Lunatic asylums United Provinces 1899-1908 - 1899-1908
Year: 1899
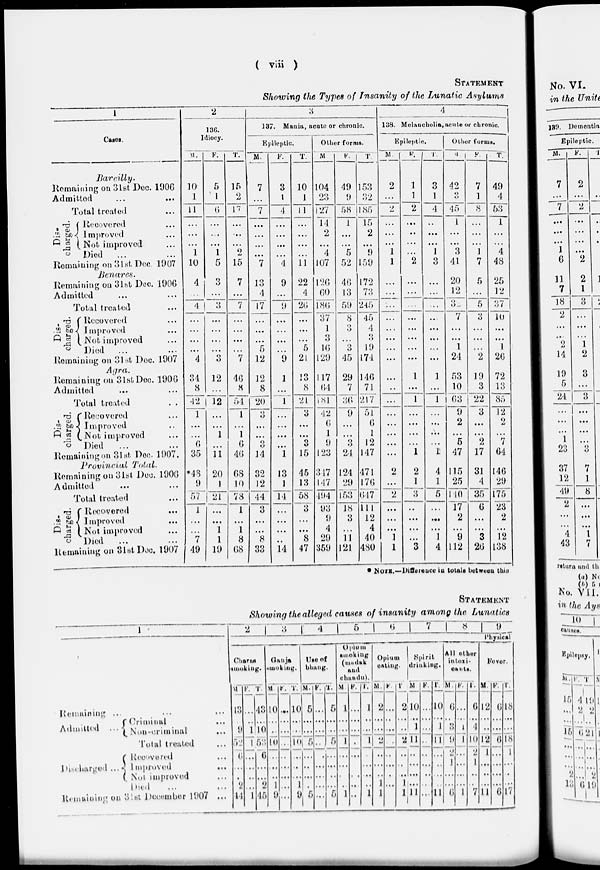
( viii )
STATEMENT
Showing the Types of Insanity of the Lunatic Asylums
1
Cases.
Bareilly.
Remaining on 31st. Dec. 1906
Admitted ... ...
Total treated ...
Dis-
charged.
Recovered ...
Improved ...
Not improved ...
Died
...
Remaining on 31st Dec. 1907
Benares.
Remaining on 31st Dec. 1906
Admitted ... ...
Total treated ...
Dis-
charged.
Recovered ...
Improved ...
Not improved ...
Died ...
Remaining on 31st Dec. 1907
Agra.
Remaining on 31st Dec. 1906
Admitted ... ...
Total treated
...
Dis-
charged.
Recovered ...
Improved ...
Not improved ...
Died
...
Remaining on 31st Dec 1907.
Provincial Total.
Remaining on 31st Dec. 1906
Admitted ... ...
Total treated ...
Dis-
charged.
Recovered ...
Improved ...
Not improved ...
Died ...
Remaining on 31st Dec. 1907
2
136.
Idiocy.
M.
10
1
11
...
...
...
1
10
4
...
4
...
...
...
...
4
34
8
42
1
...
...
6
35
*48
9
57
1
...
...
7
49
F.
5
1
6
...
...
...
1
5
3
...
3
...
...
...
...
3
12
...
12
...
...
1
...
11
20
1
21
...
...
1
1
19
T.
15
2
17
...
...
...
2
15
7
...
7
...
...
...
...
7
46
8
54
1
...
1
6
46
68
10
73
1
...
1
8
68
3
137. Mania, acute or chronic.
Epileptic.
M.
7
...
7
...
...
...
...
7
13
4
17
...
...
...
5
12
12
8
20
3
...
...
3
14
32
12
44
3
...
...
8
33
F.
3
1
4
...
...
...
...
4
9
...
9
...
...
...
...
9
1
...
1
...
...
...
...
1
13
1
14
...
...
...
...
14
T.
10
1
11
...
...
...
...
11
22
4
26
...
...
...
5
21
13
8
21
3
...
...
3
15
45
13
58
3
...
...
8
47
Other forms.
M
104
23
127
14
2
...
4
107
126
60
186
37
1
3
16
129
117
64
181
42
6
1
9
123
347
147
494
93
9
4
29
359
F.
49
9
58
1
...
...
5
52
46
13
59
8
...
...
3
45
29
7
36
9
...
...
3
24
124
29
153
18
3
...
11
121
T.
153
32
185
15
2
...
9
159
172
73
245
45
4
3
19
174
146
71
217
51
6
1
12
147
471
170
647
111
12
4
40
480
4
138. Melancholia,acute or chronic.
Epileptic.
M.
2
...
2
...
...
...
1
1
...
...
...
...
...
...
...
...
...
...
...
...
...
...
...
...
2
...
2
...
...
...
1
1
F.
1
1
2
...
...
...
...
2
...
...
...
...
...
...
...
...
1
...
1
...
...
...
...
1
2
1
3
...
...
...
...
3
T.
3
1
4
...
...
...
1
3
...
...
...
...
...
...
...
...
1
...
1
...
...
...
...
1
4
1
5
...
...
...
1
4
Other forms.
M.
42
3
45
1
...
...
3
41
20
12
3
7
...
...
1
24
53
10
63
9
2
...
5
47
115
25
140
17
2
...
9
112
F.
7
1
8
...
...
...
1
7
5
...
5
3
...
...
...
2
19
3
22
3
...
...
2
17
31
4
35
6
...
...
3
26
T.
49
4
53
1
...
...
4
48
25
12
37
10
...
...
1
26
72
13
85
12
2
...
7
64
146
29
175
23
2
...
12
138
* NOTE.—Difference in totals between this
STATEMENT
Showing the alleged causes of insanity among the Lunatics
1
Remaining
...
...
...
Admitted
Criminal ...
Non-criminal ...
Total treated ...
Discharged
Recovered ...
Improved
...
Not improved ...
Died ... ...
Remaining on 31st December 1907 ...
2
3
4 5
6
7 8
9
Physical
Charas
smoking.
M
13
...
9
52
6
...
...
2
14
F.
...
...
1
1
...
...
...
...
1
T.
43
...
10
53
6
...
...
2
45
Ganja
smoking.
M
10
...
...
10
...
...
...
1
9
F.
...
...
...
...
...
...
...
...
...
T.
10
...
...
10
...
...
...
1
9
Use of
bhang.
M.
5
...
...
5
...
...
...
...
5
F.
...
...
...
...
...
...
...
...
...
T.
5
...
...
5
...
...
...
...
5
Opium
smoking
(mudak
and
chandu).
M
1
...
...
1
...
...
...
...
1
F.
...
...
...
...
...
...
...
...
..
T.
1
...
...
1
...
...
...
...
1
Opium
eating.
M.
2
...
...
2
..
...
...
1
1
F.
...
...
...
...
...
...
...
...
...
T.
2
...
...
2
...
...
...
1
1
Spirit
drinking.
M.
10
1
1
11
...
...
...
...
11
F.
...
...
...
...
...
...
...
...
...
T.
10
1
1
11
...
...
...
...
11
All other
intoxi-
cants.
M.
6
...
3
9
2
1
...
...
6
F.
...
...
1
1
...
...
...
...
1
T.
6
4
4
10
2
1
...
...
7
Fever.
M.
12
...
...
12
1
...
...
...
11
F.
6
...
...
6
...
...
...
...
6
T.
18
...
...
18
1
...
...
...
17